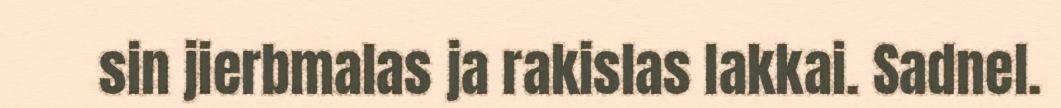
sin jierbmalas ja rakislas lakkai. Sadnel.